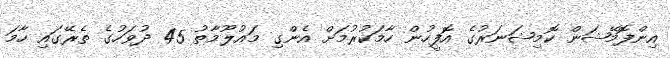
އިންފޮމޭޝަން ކޮމިޝަނަރުގެ އޮފީހުން ހާމަކުރުމަށް އެންގި މައުލޫމާތު 45 ދުވަހުގެ ތެރޭގައި ހާމަ